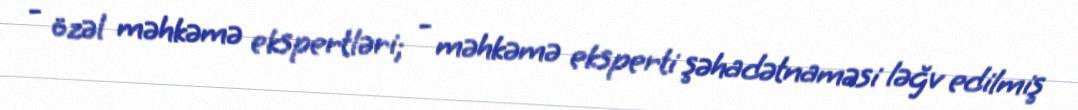
- özəl məhkəmə ekspertləri; - məhkəmə eksperti şəhadətnaməsi ləğv edilmiş